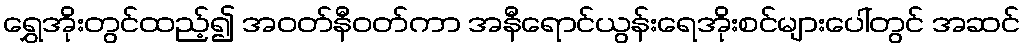
ရွှေအိုးတွင်ထည့်၍ အဝတ်နီဝတ်ကာ အနီရောင်ယွန်းရေအိုးစင်များပေါ်တွင် အဆင်